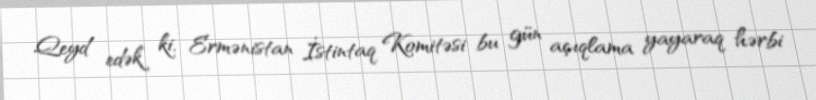
Qeyd edək ki, Ermənistan İstintaq Komitəsi bu gün açıqlama yayaraq hərbi